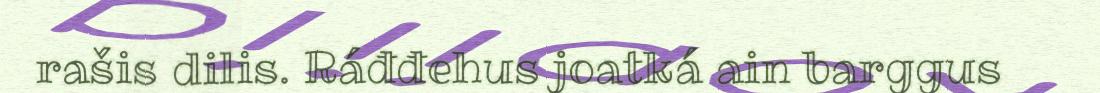
rašis dilis. Ráđđehus joatká ain barggus